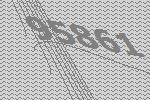
95861